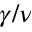
\gamma / \nu